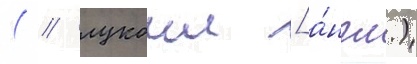
( / лукоил [а́нгл.)